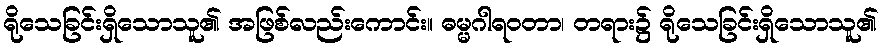
ရိုသေခြင်းရှိသောသူ၏ အဖြစ်လည်းကောင်း။ ဓမ္မဂါရဝတာ၊ တရား၌ ရိုသေခြင်းရှိသောသူ၏